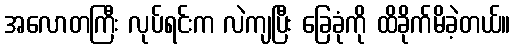
အလောတကြီး လုပ်ရင်းက လဲကျပြီး ခြေခုံကို ထိခိုက်မိခဲ့တယ်။